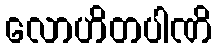
လောဟိတပါဏိ